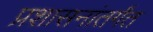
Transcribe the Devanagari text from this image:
प्रशासनांतर्गंत